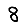
Digit: 8